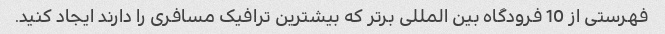
فهرستی از 10 فرودگاه بین المللی برتر که بیشترین ترافیک مسافری را دارند ایجاد کنید.